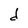
Character: d